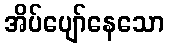
အိပ်ပျော်နေသော